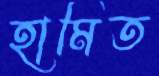
হামিত